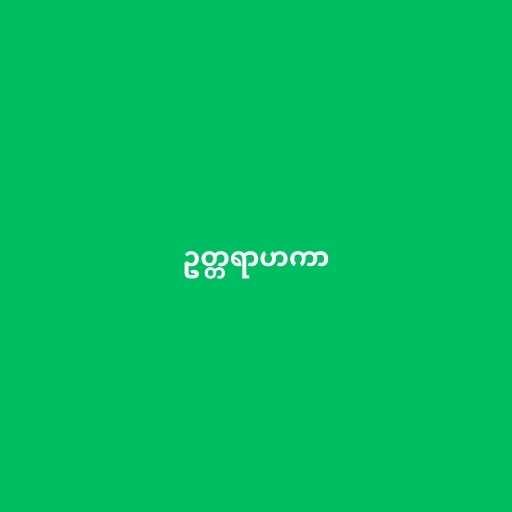
ဥတ္တရာဟကာ